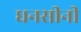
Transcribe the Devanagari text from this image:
धनसीनी